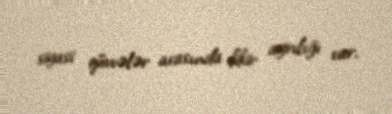
siyasi qüvvələr arasında fikir ayrılığı var.